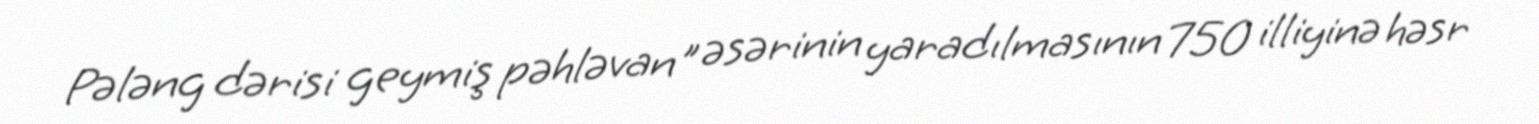
Pələng dərisi geymiş pəhləvan" əsərinin yaradılmasının 750 illiyinə həsr